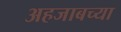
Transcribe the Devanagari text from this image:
अहजाबच्या